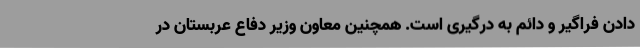
دادن فراگیر و دائم به درگیری است. همچنین معاون وزیر دفاع عربستان در